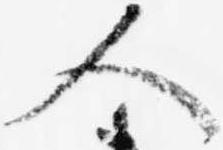
人